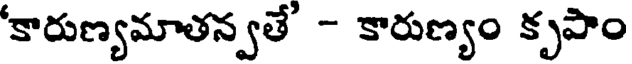
'కారుణ్యమాతన్వతే - కారుణ్యం కృపాం